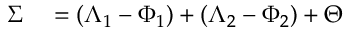
\begin{array} { r l } { \Sigma } & { { } = \left( \Lambda _ { 1 } - \Phi _ { 1 } \right) + \left( \Lambda _ { 2 } - \Phi _ { 2 } \right) + \Theta } \end{array}